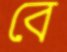
বে